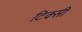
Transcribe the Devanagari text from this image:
टिक्सी